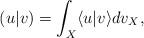
LaTeX: \begin{align*}(u|v)=\int_X\langle u| v\rangle dv_X,\end{align*}